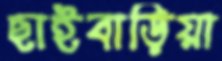
ছাইবাড়িয়া